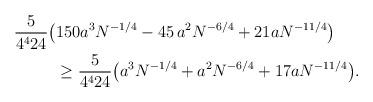
LaTeX: \begin{align*}\frac{5}{4^4 24}\big(&150 a^3N^{-1/4}-45\,a^2N^{-6/4}+21 a N^{-11/4}\big)\\&\ge \frac{5}{4^4 24}\big( a^3N^{-1/4}+a^2N^{-6/4}+17aN^{-11/4}\big).\end{align*}